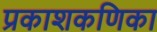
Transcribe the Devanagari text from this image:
प्रकाशकणिका